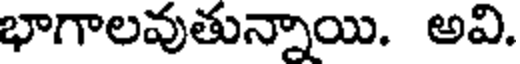
భాగాలవుతున్నాయి. అవి.